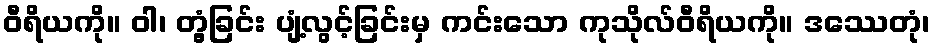
ဝီရိယကို။ ဝါ၊ တွံ့ခြင်း ပျံ့လွင့်ခြင်းမှ ကင်းသော ကုသိုလ်ဝီရိယကို။ ဒဿေတုံ၊